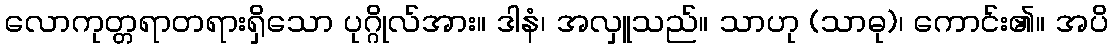
လောကုတ္တရာတရားရှိသော ပုဂ္ဂိုလ်အား။ ဒါနံ၊ အလှူသည်။ သာဟု (သာဓု)၊ ကောင်း၏။ အပိ